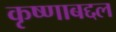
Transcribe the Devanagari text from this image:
कृष्णाबद्दल